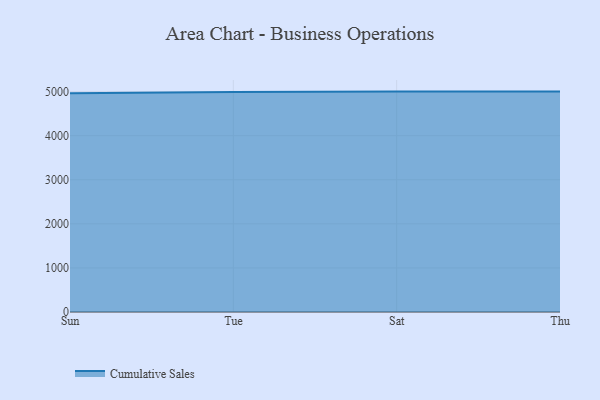
{"axis": {"x": "Day", "y": "Production Output"}, "legend": ["Cumulative Sales"], "data": [{"x": "Sun", "y": 4960.8, "type": "Cumulative Sales"}, {"x": "Tue", "y": 4989.6, "type": "Cumulative Sales"}, {"x": "Sat", "y": 5000, "type": "Cumulative Sales"}, {"x": "Thu", "y": 5000, "type": "Cumulative Sales"}]}